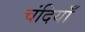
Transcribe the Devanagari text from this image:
चंदियाँ